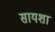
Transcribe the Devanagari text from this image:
सायशा